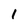
Character: 1